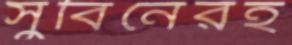
সুবিনেরহ